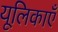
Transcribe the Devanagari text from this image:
यूलिकाएँ